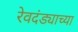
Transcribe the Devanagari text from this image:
रेवदंड्याच्या